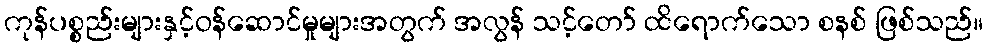
ကုန်ပစ္စည်းများနှင့်ဝန်ဆောင်မှုများအတွက် အလွန် သင့်တော် ထိရောက်သော စနစ် ဖြစ်သည်။